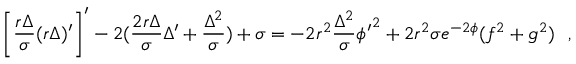
\left[ \frac { r \Delta } { \sigma } ( r \Delta ) ^ { \prime } \right] ^ { \prime } - 2 ( \frac { 2 r \Delta } { \sigma } \Delta ^ { \prime } + \frac { \Delta ^ { 2 } } { \sigma } ) + \sigma = - 2 r ^ { 2 } \frac { \Delta ^ { 2 } } { \sigma } { \phi ^ { \prime } } ^ { 2 } + 2 r ^ { 2 } \sigma e ^ { - 2 \phi } ( f ^ { 2 } + g ^ { 2 } ) ~ ~ ,